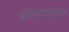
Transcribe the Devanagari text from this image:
प्राविधानानुसार